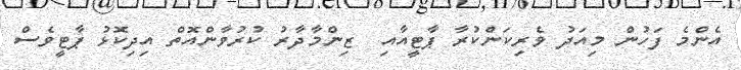
އެންމެ ފަހުން މިއަދު ވެރިކަންކުރާ ޕާޓީއާއި  ޒިންމާދާރު ކުރުވާންއޮތް އިދިކޮޅު ޕާޓީވެސް